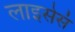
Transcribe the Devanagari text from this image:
लाइसेसं